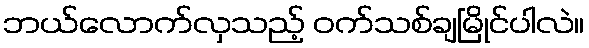
ဘယ်လောက်လှသည့် ဝက်သစ်ချမြိုင်ပါလဲ။